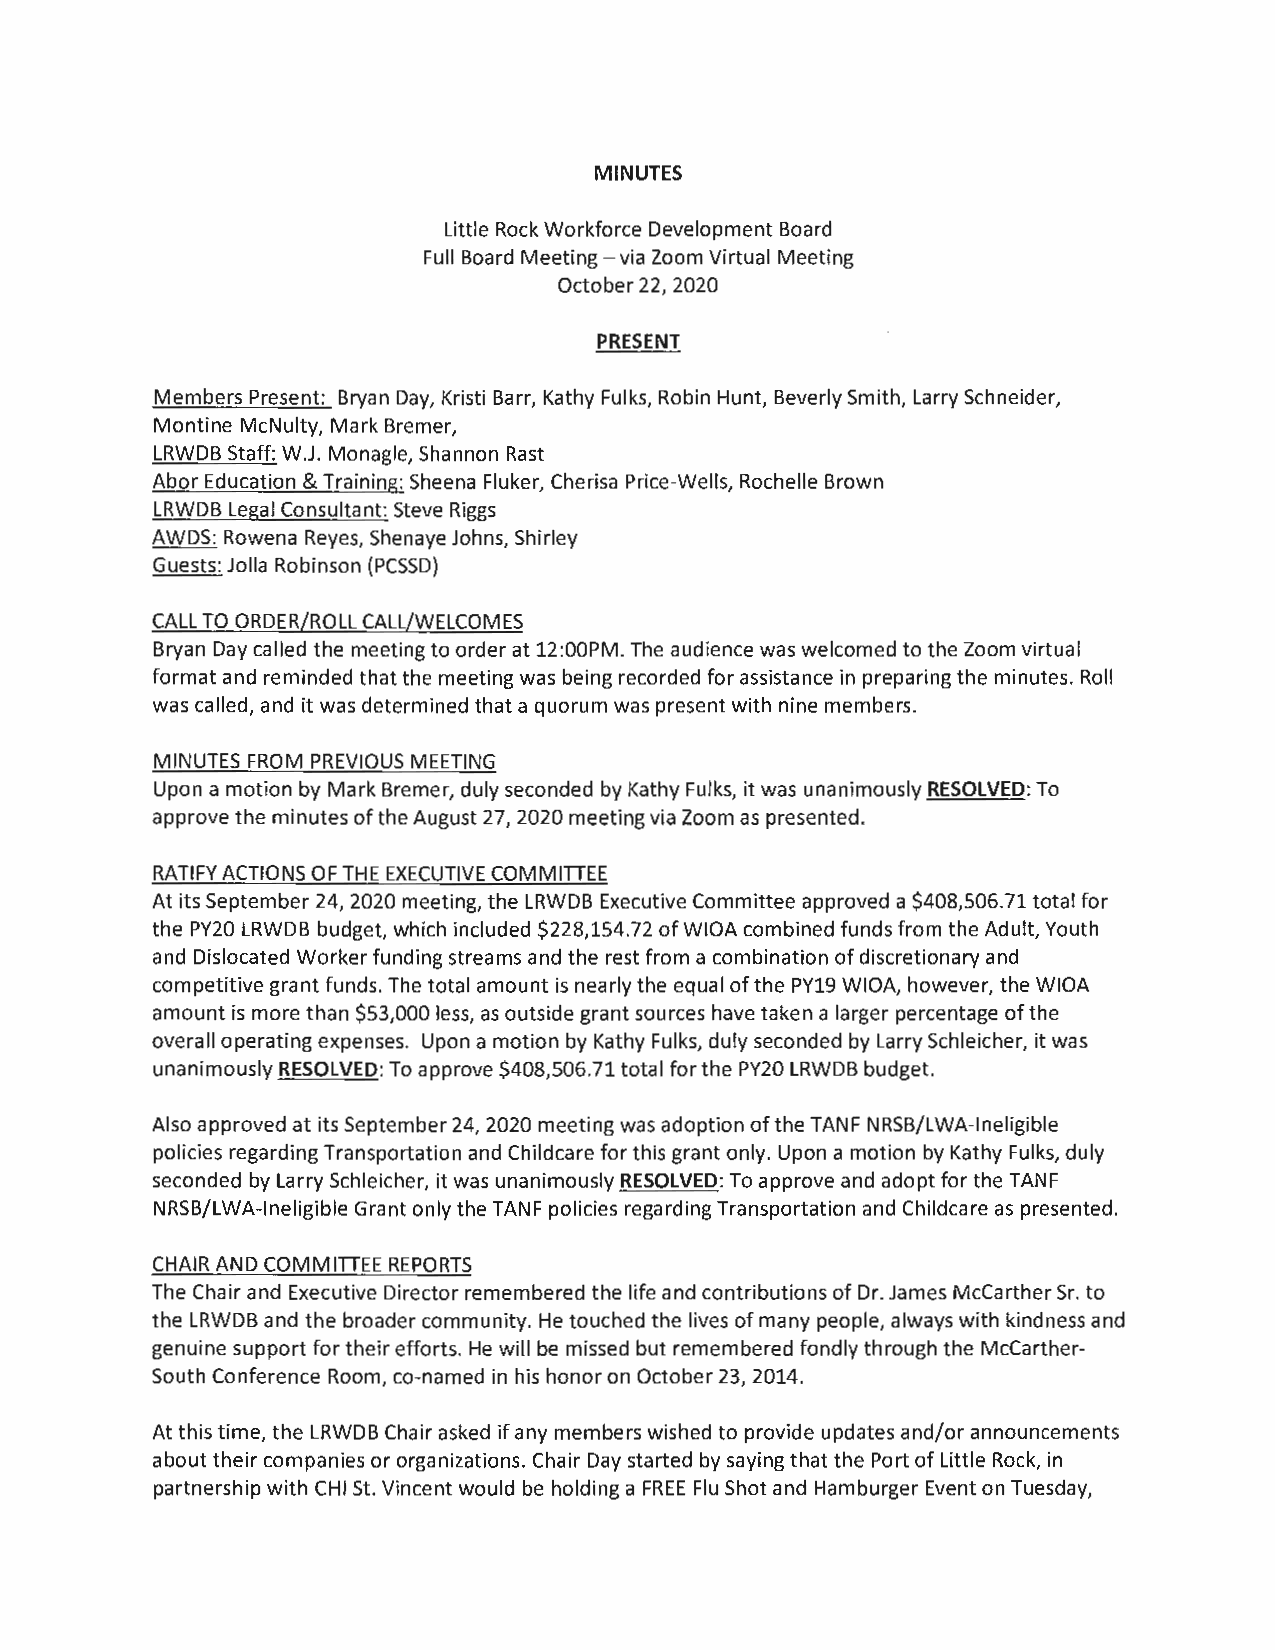
MINUTES
 Little Rock Workforce Development Board
 Full Board Meeting -via Zoom Virtual Meeting
 October 22, 2020
 PRESENT
 Members Present: Bryan Day, Kristi Barr, Kathy Fulks, Robin Hunt, Beverly Smith, Larry Schneider,
 Montine McNulty, Mark Bremer,
 LRWDB Staff: W.J. Monagle, Shannon Rast
 Abor Education & Training: Sheena Fluker, Cherisa Price-Wells, Rochelle Brown
 LRWDB Legal Consultant: Steve Riggs
 AWDS: Rowena Reyes, Shenaye Johns, Shirley
 Guests: Jolla Robinson (PCSSD)
 CALL TO ORDER/ROLL CALL/WELCOMES
 Bryan Day called the meeting to order at 12:00PM. The audience was welcomed to the Zoom virtual
 format and reminded that the meeting was being recorded for assistance in preparing the minutes. Roll
 was called, and it was determined that a quorum was present with nine members.
 MINUTES FROM PREVIOUS MEETING
 Upon a motion by Mark Bremer, duly seconded by Kathy Fulks, it was unanimously RESOLVED: To
 approve the minutes of the August 27, 2020 meeting via Zoom as presented.
 RATIFY ACTIONS OF THE EXECUTIVE COMMITIEE
 At its September 24, 2020 meeting, the LRWDB Executive Committee approved a $408,506.71 total for
 the PY20 LRWDB budget, which included $228,154.72 of WIOA combined funds from the Adult, Youth
 and Dislocated Worker funding streams and the rest from a combination of discretionary and
 competitive grant funds. The total amount is nearly the equal of the PY19 WIOA, however, the WIOA
 amount is more than $53,000 less, as outside grant sources have taken a larger percentage of the
 overall operating expenses. Upon a motion by Kathy Fulks, duly seconded by Larry Schleicher, it was
 unanimously RESOLVED: To approve $408,506.71 total for the PY20 LRWDB budget.
 Also approved at its September 24, 2020 meeting was adoption of the TANF NRSB/LWA-lneligible
 policies regarding Transportation and Childcare for this grant only. Upon a motion by Kathy Fulks, duly
 seconded by Larry Schleicher, it was unanimously RESOLVED: To approve and adopt for the TANF
 NRSB/LWA-lneligible Grant only the TANF policies regarding Transportation and Childcare as presented.
 CHAIR AND COMMITIEE REPORTS
 The Chair and Executive Director remembered the life and contributions of Dr. James Mccarther Sr. to
 the LRWDB and the broader community. He touched the lives of many people, always with kindness and
 genuine support for their efforts. He will be missed but remembered fondly through the McCarther
 South Conference Room, co-named in his honor on October 23, 2014.
 At this time, the LRWDB Chair asked if any members wished to provide updates and/or announcements
 about their companies or organizations. Chair Day started by saying that the Port of Little Rock, in
 partnership with CHI St. Vincent would be holding a FREE Flu Shot and Hamburger Event on Tuesday,